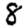
Digit: 8